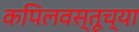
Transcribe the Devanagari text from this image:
कपिलवस्तूच्या